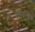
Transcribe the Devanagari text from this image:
एथेलरेडला